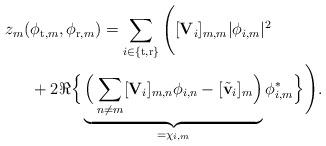
LaTeX: \begin{align*} \begin{aligned} z_m(&\phi_{\mathrm{t},m}, \phi_{\mathrm{r},m}) =\sum_{i\in\{\mathrm{t,r}\}}\Bigg([\mathbf{V}_i]_{m,m}|\phi_{i,m}|^2 \\ &+ 2\Re\Big\{\underbrace{\Big(\sum_{n\ne m}[\mathbf{V}_i]_{m,n}\phi_{i,n} - [\tilde{\mathbf{v}}_i]_m\Big)}_{= \chi_{i,m}}\phi_{i,m}^*\Big\}\Bigg). \end{aligned}\end{align*}